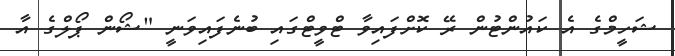
ޝަހީމްގެ އެ ކައުންޓުން ރޭ ކޮށްފައިވާ ޓްވީޓްގައި ބުނެފައިވަނީ "ޝޯން ޕޯލްގެ އާ